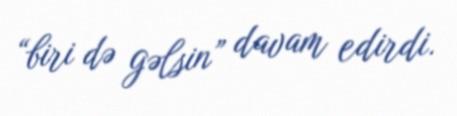
“biri də gəlsin” davam edirdi.